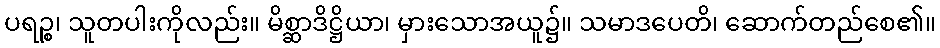
ပရဉ္စ၊ သူတပါးကိုလည်း။ မိစ္ဆာဒိဋ္ဌိယာ၊ မှားသောအယူ၌။ သမာဒပေတိ၊ ဆောက်တည်စေ၏။